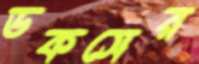
ডকসের